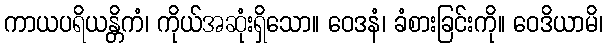
ကာယပရိယန္တိကံ၊ ကိုယ်အဆုံးရှိသော။ ဝေဒနံ၊ ခံစားခြင်းကို။ ဝေဒိယာမိ၊